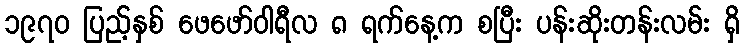
၁၉၇၀ ပြည့်နှစ် ဖေဖော်ဝါရီလ ၈ ရက်နေ့က စပြီး ပန်းဆိုးတန်းလမ်း ရှိ